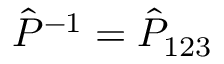
\ensuremath { \hat { P } } ^ { \smash { - 1 } } = \ensuremath { \hat { P } } _ { 1 2 3 }